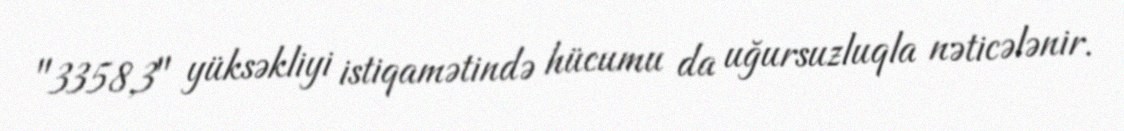
"3358,3" yüksəkliyi istiqamətində hücumu da uğursuzluqla nəticələnir.